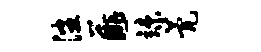
潘薤竦甍